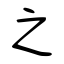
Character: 之